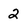
Character: 2